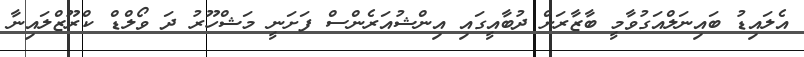
އެލައިޑު ބައިނަލްއަގުވާމީ ބާޒާރަށް ދުބާއީގައި އިންޝުއަރެންސް ފަށަނީ މަޝްހޫރު ދަ ވޯލްޑް ކްރޫޒްލައިނާ